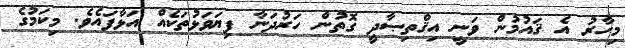
މިހާރު އެ ޤައުމުން ވަނީ އިޤްތިޞާދީ ގޮތުން ހަރުދަނާ ފިޔަވަޅުތަކެއް އަޅާފައެވެ. މިކަމުގެ